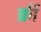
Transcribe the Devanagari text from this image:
क्रीं